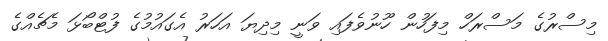
މިސްރުގެ މަސްރަހް މިފަހުން ހޫނުވެފައި ވަނީ މިދިޔަ އަހަރު އެގައުމުގެ ފުޓްބޯޅަ މެޗެއްގެ